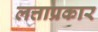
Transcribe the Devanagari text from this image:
लत्ताप्रकार